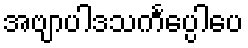
အဗျာပါဒသင်္ကပ္ပေါပေ